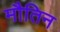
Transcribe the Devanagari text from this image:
मौतिन